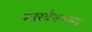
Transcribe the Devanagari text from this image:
स्वरवैभवाच्या